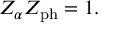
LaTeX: Z _ { \alpha } Z _ { \mathrm { \scriptsize { p h } } } = 1 .